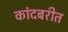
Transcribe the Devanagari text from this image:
कांदबरीत